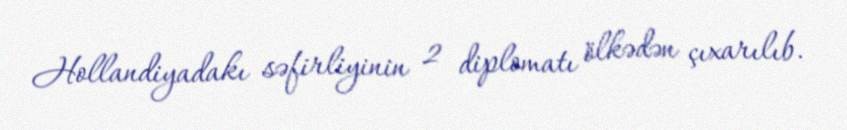
Hollandiyadakı səfirliyinin 2 diplomatı ölkədən çıxarılıb.